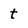
Character: t